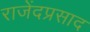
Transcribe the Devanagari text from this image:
राजेंदप्रसाद